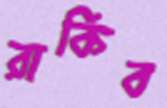
রাকিব